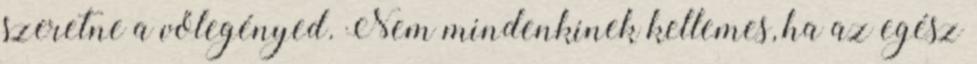
szeretne a vőlegényed. Nem mindenkinek kellemes, ha az egész